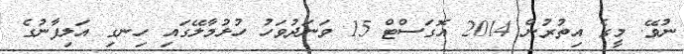
ނުވޭ. މީގެ އިތުރުން 2014 އޮގަސްޓް 15 ވަނަދުވަހު ހުޅުމާލޭގައި ހިނގި އަލިފާނުގެ